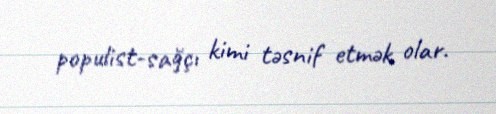
populist-sağçı kimi təsnif etmək olar.